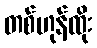
တစ်ဟုန်ထိုး